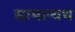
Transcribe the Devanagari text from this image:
सामान्यथ